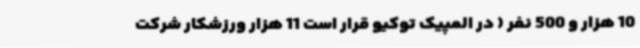
10 هزار و 500 نفر ( در المپیک توکیو قرار است 11 هزار ورزشکار شرکت